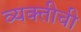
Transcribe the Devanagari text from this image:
व्‍यक्‍तीची